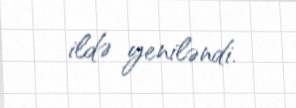
ildə yeniləndi.